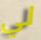
لي